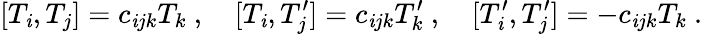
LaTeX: [T_{\mathit{i}},T_{j}]=c_{\mathit{i}jk}T_{k}\ ,\quad[T_{\mathit{i}},T_{j}^{\prime}]=c_{\mathit{i}jk}T_{k}^{\prime}\ ,\quad[T_{\mathit{i}}^{\prime},T_{j}^{\prime}]=-c_{\mathit{i}jk}T_{k}\ .